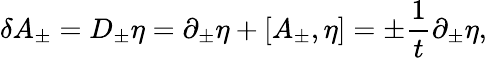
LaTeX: \delta A_{\pm}=D_{\pm}\eta=\partial_{\pm}\eta+[A_{\pm},\eta]=\pm{\frac{1}{t}}\partial_{\pm}\eta,